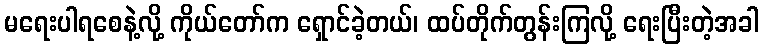
မရေးပါရစေနဲ့လို့ ကိုယ်တော်က ရှောင်ခဲ့တယ်၊ ထပ်တိုက်တွန်းကြလို့ ရေးပြီးတဲ့အခါ